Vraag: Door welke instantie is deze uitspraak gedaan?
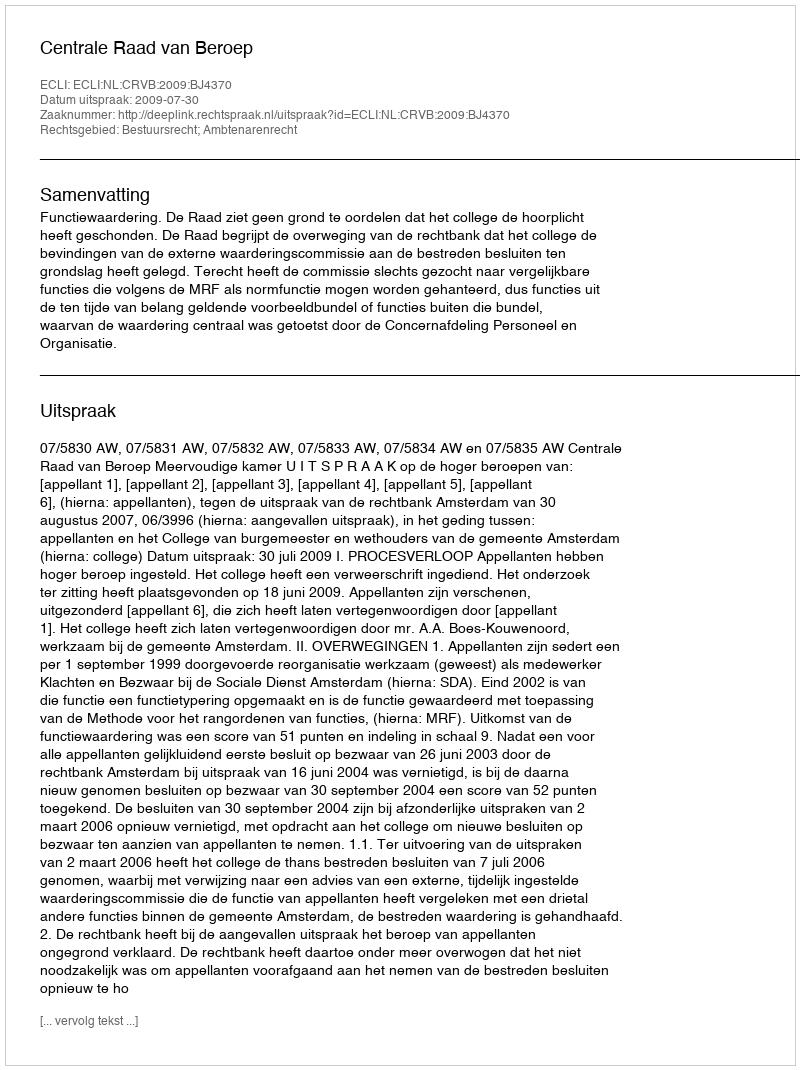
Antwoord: Centrale Raad van Beroep